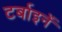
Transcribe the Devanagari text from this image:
टर्बाइनें